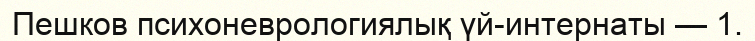
Пешков психоневрологиялық үй-интернаты — 1.